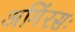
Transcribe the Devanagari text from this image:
अगिंरसः